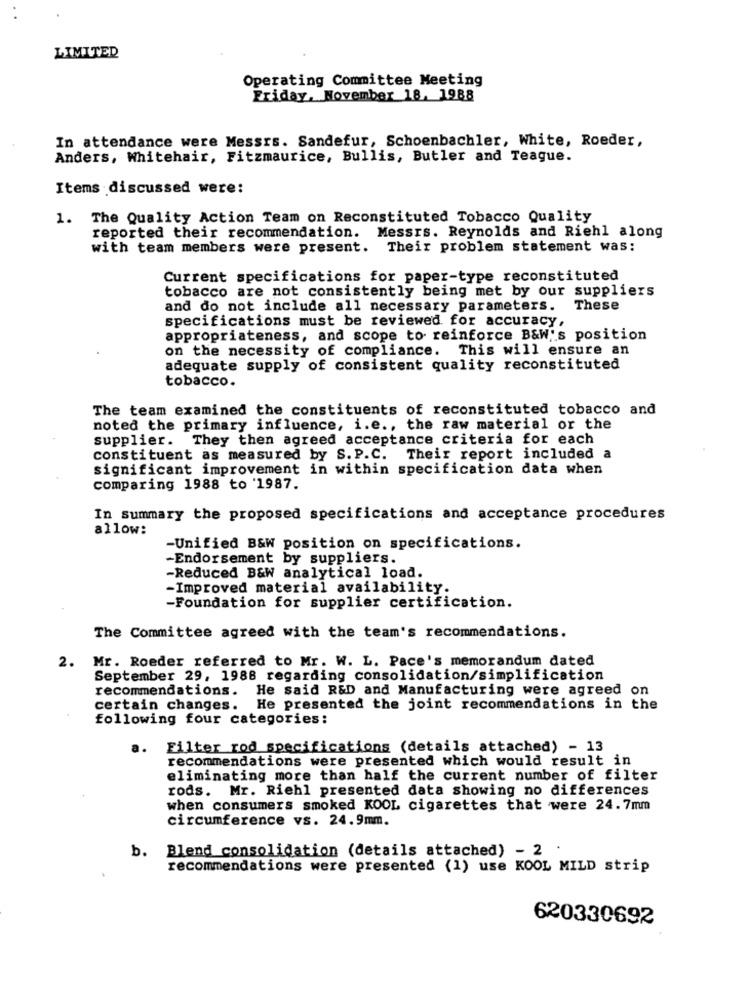
LIMITED
Operating Committee Meeting
Friday, November 18, 1988
In attendance were Messrs. Sandefur, Schoenbachler, White, Roeder,
Anders, Whitehair, Fitzmaurice, Bullis, Butler and Teague.
Items discussed were:
1. The Quality Action Team on Reconstituted Tobacco Quality
reported their recommendation. Messrs. Reynolds and Riehl along
with team members were present. Their problem statement was:
Current specifications for paper-type reconstituted
tobacco are not consistently being met by our suppliers
and do not include all necessary parameters.
These
specifications must be reviewed for accuracy,
appropriateness, and scope to reinforce B&W''s position
on the necessity of compliance. This will ensure an
adequate supply of consistent quality reconstituted
tobacco.
The team examined the constituents of reconstituted tobacco and
noted the primary influence, i.e ., the raw material or the
supplier. They then agreed acceptance criteria for each
constituent as measured by S. P.C. Their report included a
significant improvement in within specification data when
comparing 1988 to '1987.
In summary the proposed specifications and acceptance procedures
allow:
-Unified B&W position on specifications.
-Endorsement by suppliers.
-Reduced B&W analytical load.
-Improved material availability.
-Foundation for supplier certification.
The Committee agreed with the team's recommendations.
2. Mr. Roeder referred to Mr. W. L. Pace's memorandum dated
September 29, 1988 regarding consolidation/simplification
recommendations. He said R&D and Manufacturing were agreed on
certain changes. He presented the joint recommendations in the
following four categories:
a.
Filter rod specifications (details attached) - 13
recommendations were presented which would result in
eliminating more than half the current number of filter
rods. Mr. Riehl presented data showing no differences
when consumers smoked KOOL cigarettes that were 24.7mm
circumference vs. 24.9mm.
b. Blend consolidation (details attached) - 2 .
recommendations were presented (1) use KOOL MILD strip
620330692